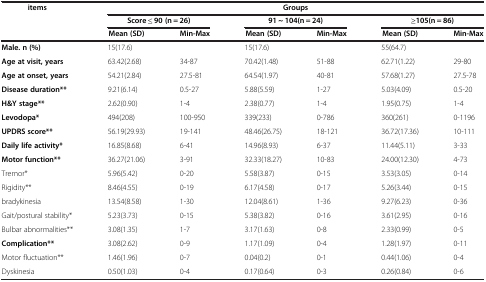
<table><thead><tr><td rowspan="3"><b>items</b></td><td colspan="6"><b>Groups</b></td></tr><tr><td><b>Score ≤ 90 (n = 26)</b></td><td><b> </b></td><td><b>91 ~ 104(n = 24)</b></td><td><b> </b></td><td><b>≥105(n = 86)</b></td><td><b> </b></td></tr><tr><td><b>Mean (SD)</b></td><td><b>Min-Max</b></td><td><b>Mean (SD)</b></td><td><b>Min-Max</b></td><td><b>Mean (SD)</b></td><td><b>Min-Max</b></td></tr></thead><tbody><tr><td><b>Male. n (%)</b></td><td colspan="2">15(17.6)</td><td colspan="2">15(17.6)</td><td colspan="2">55(64.7)</td></tr><tr><td><b>Age at visit, years</b></td><td>63.42(2.68)</td><td>34-87</td><td>70.42(1.48)</td><td>51-88</td><td>62.71(1.22)</td><td>29-80</td></tr><tr><td><b>Age at onset, years</b></td><td>54.21(2.84)</td><td>27.5-81</td><td>64.54(1.97)</td><td>40-81</td><td>57.68(1.27)</td><td>27.5-78</td></tr><tr><td><b>Disease duration**</b></td><td>9.21(6.14)</td><td>0.5-27</td><td>5.88(5.59)</td><td>1-27</td><td>5.03(4.09)</td><td>0.5-20</td></tr><tr><td><b>H&amp;Y stage**</b></td><td>2.62(0.90)</td><td>1-4</td><td>2.38(0.77)</td><td>1-4</td><td>1.95(0.75)</td><td>1-4</td></tr><tr><td><b>Levodopa*</b></td><td>494(208)</td><td>100-950</td><td>339(233)</td><td>0-786</td><td>360(261)</td><td>0-1196</td></tr><tr><td><b>UPDRS score**</b></td><td>56.19(29.93)</td><td>19-141</td><td>48.46(26.75)</td><td>18-121</td><td>36.72(17.36)</td><td>10-111</td></tr><tr><td><b>Daily life activity*</b></td><td>16.85(8.68)</td><td>6-41</td><td>14.96(8.93)</td><td>6-37</td><td>11.44(5.11)</td><td>3-33</td></tr><tr><td><b>Motor function**</b></td><td>36.27(21.06)</td><td>3-91</td><td>32.33(18.27)</td><td>10-83</td><td>24.00(12.30)</td><td>4-73</td></tr><tr><td>Tremor*</td><td>5.96(5.42)</td><td>0-20</td><td>5.58(3.87)</td><td>0-15</td><td>3.53(3.05)</td><td>0-14</td></tr><tr><td>Rigidity**</td><td>8.46(4.55)</td><td>0-19</td><td>6.17(4.58)</td><td>0-17</td><td>5.26(3.44)</td><td>0-15</td></tr><tr><td>bradykinesia</td><td>13.54(8.58)</td><td>1-30</td><td>12.04(8.61)</td><td>1-36</td><td>9.27(6.23)</td><td>0-36</td></tr><tr><td>Gait/postural stability*</td><td>5.23(3.73)</td><td>0-15</td><td>5.38(3.82)</td><td>0-16</td><td>3.61(2.95)</td><td>0-16</td></tr><tr><td>Bulbar abnormalities**</td><td>3.08(1.35)</td><td>1-7</td><td>3.17(1.63)</td><td>0-8</td><td>2.33(0.99)</td><td>0-5</td></tr><tr><td><b>Complication**</b></td><td>3.08(2.62)</td><td>0-9</td><td>1.17(1.09)</td><td>0-4</td><td>1.28(1.97)</td><td>0-11</td></tr><tr><td>Motor fluctuation**</td><td>1.46(1.96)</td><td>0-7</td><td>0.04(0.2)</td><td>0-1</td><td>0.44(1.06)</td><td>0-4</td></tr><tr><td>Dyskinesia</td><td>0.50(1.03)</td><td>0-4</td><td>0.17(0.64)</td><td>0-3</td><td>0.26(0.84)</td><td>0-6</td></tr></tbody></table>